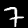
Label: 7